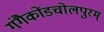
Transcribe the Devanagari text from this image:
गंगैकोंडचोलपुरम्